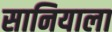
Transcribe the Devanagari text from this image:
सानियाला